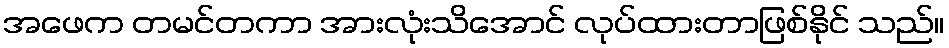
အဖေက တမင်တကာ အားလုံးသိအောင် လုပ်ထားတာဖြစ်နိုင် သည်။